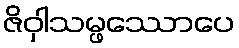
ဇိဝှါသမ္ဖဿောပေ